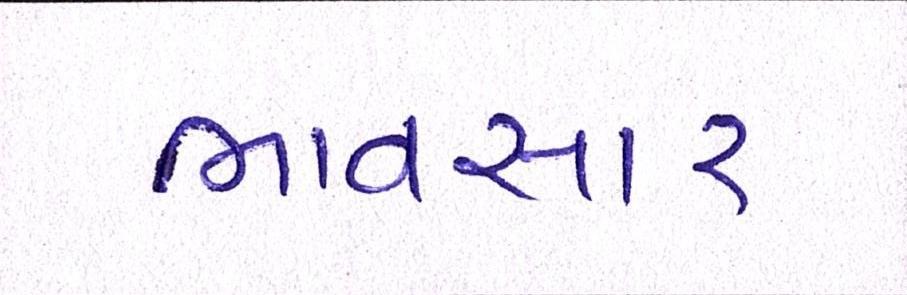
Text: ભાવસારઃ